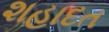
શહાદત